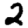
Digit: 2